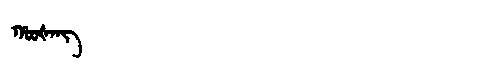
Manchu: ᡥᠣᠣᡧᠠᠩ
Romanization: HOOŠANG